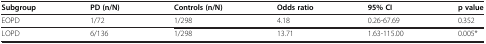
<table><thead><tr><td><b>Subgroup</b></td><td><b>PD (n/N)</b></td><td><b>Controls (n/N)</b></td><td><b>Odds ratio</b></td><td><b>95% CI</b></td><td><b>p value</b></td></tr></thead><tbody><tr><td>EOPD</td><td>1/72</td><td>1/298</td><td>4.18</td><td>0.26-67.69</td><td>0.352</td></tr><tr><td>LOPD</td><td>6/136</td><td>1/298</td><td>13.71</td><td>1.63-115.00</td><td>0.005*</td></tr></tbody></table>